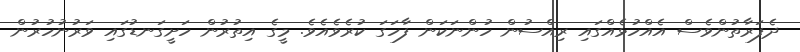
ދެފަރާތުންވެސް އެއްހުޅެއްގައި ރިއްސުން ހުންނަކަން ފާހަގަ ކުރެވެއެވެ. މީގެ އިތުރުން ހަށީގަނޑުގައި ވަރުނުހުރުން